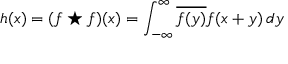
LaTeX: h ( x ) = ( f \star f ) ( x ) = \int _ { - \infty } ^ { \infty } { \overline { { f ( y ) } } } f ( x + y ) \, d y